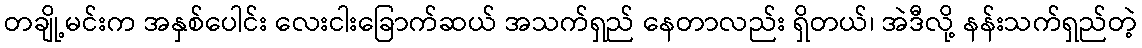
တချို့မင်းက အနှစ်ပေါင်း လေးငါးခြောက်ဆယ် အသက်ရှည် နေတာလည်း ရှိတယ်၊ အဲဒီလို့ နန်းသက်ရှည်တဲ့